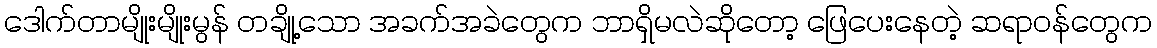
ဒေါက်တာမျိုးမျိုးမွန် တချို့သော အခက်အခဲတွေက ဘာရှိမလဲဆိုတော့ ဖြေပေးနေတဲ့ ဆရာဝန်တွေက